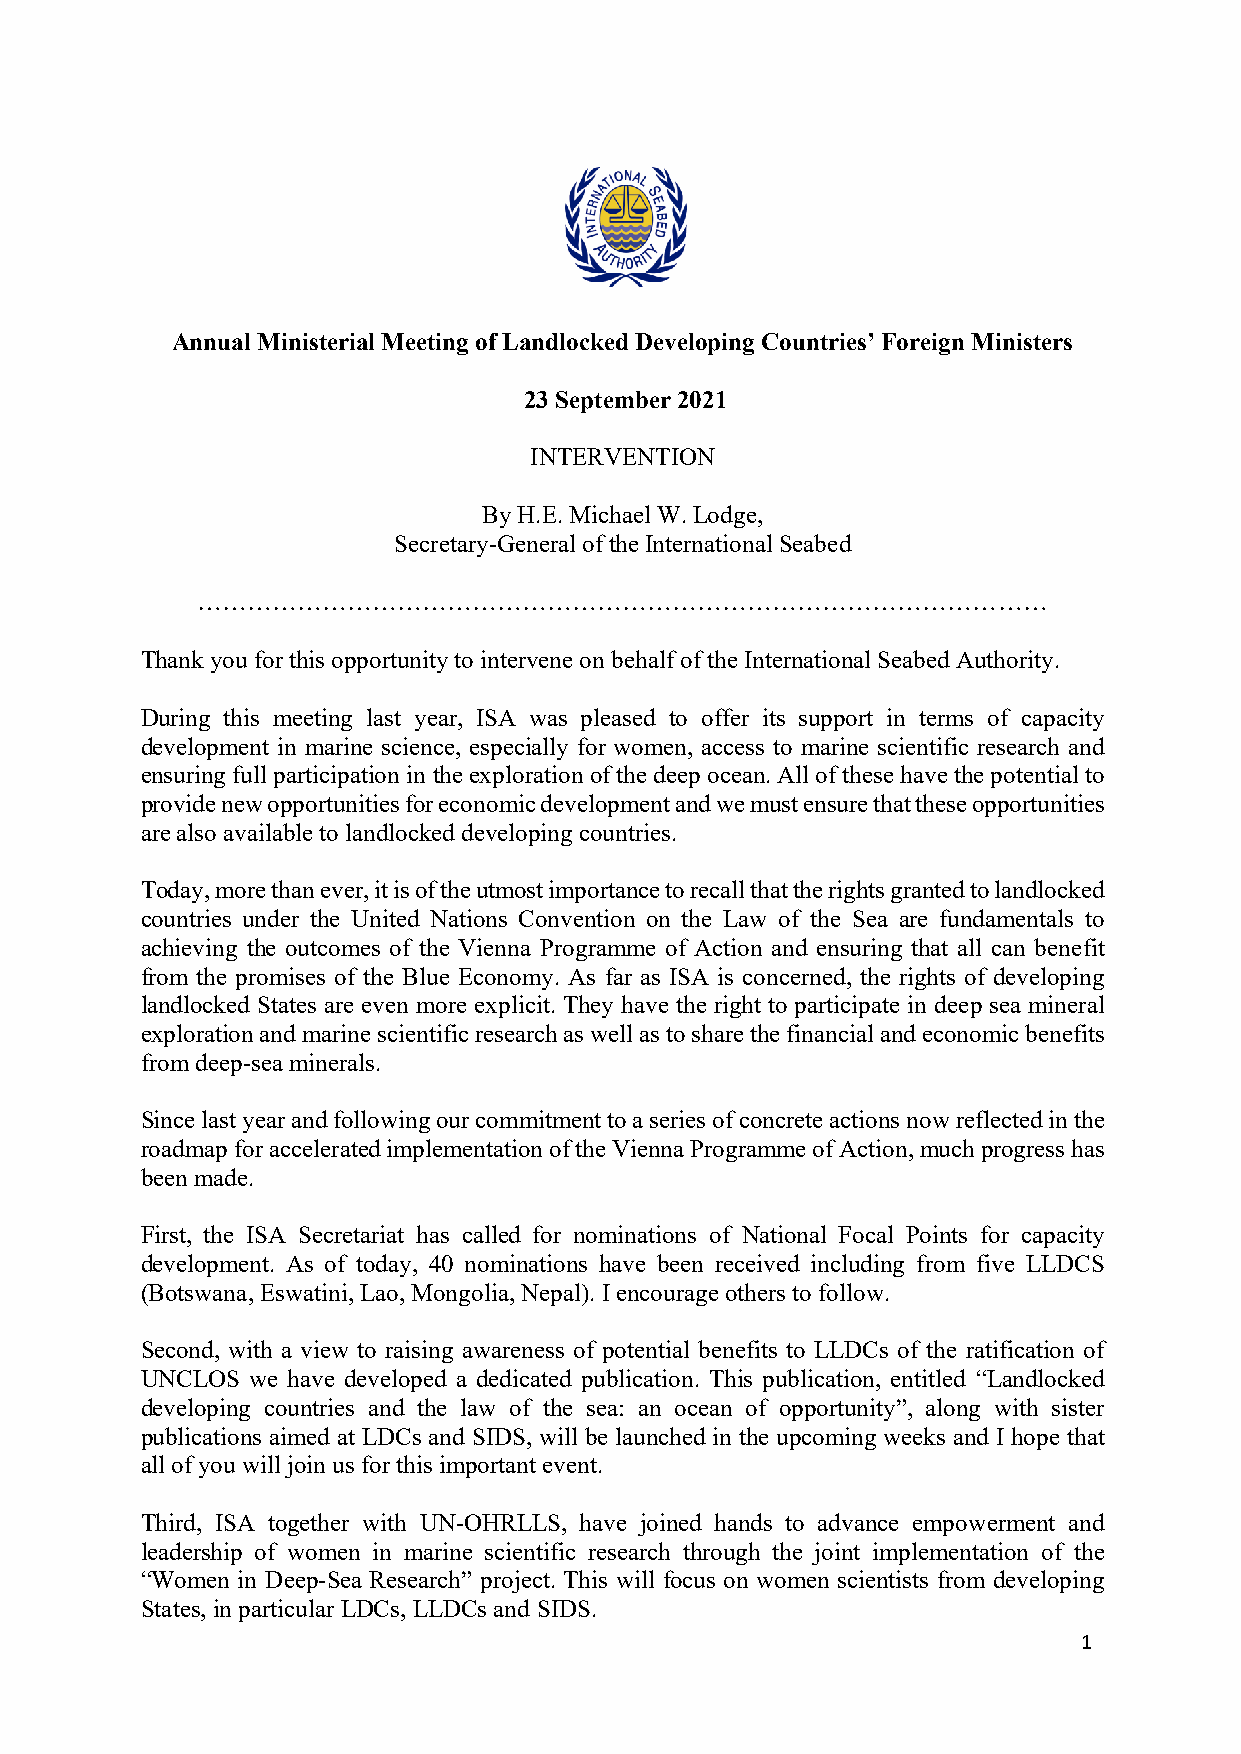
Annual Ministerial Meeting of Landlocked Developing Countries’ Foreign Ministers
 23 September 2021
 INTERVENTION
 By H.E. Michael W. Lodge,
 Secretary-General of the International Seabed
 …………………………………………………………………………………………
 Thank you for this opportunity to intervene on behalf of the International Seabed Authority.
 During this meeting last year, ISA was pleased to offer its support in terms of capacity
 development in marine science, especially for women, access to marine scientific research and
 ensuring full participation in the exploration of the deep ocean. All of these have the potential to
 provide new opportunities for economic development and we must ensure that these opportunities
 are also available to landlocked developing countries.
 Today, more than ever, it is of the utmost importance to recall that the rights granted to landlocked
 countries under the United Nations Convention on the Law of the Sea are fundamentals to
 achieving the outcomes of the Vienna Programme of Action and ensuring that all can benefit
 from the promises of the Blue Economy. As far as ISA is concerned, the rights of developing
 landlocked States are even more explicit. They have the right to participate in deep sea mineral
 exploration and marine scientific research as well as to share the financial and economic benefits
 from deep-sea minerals.
 Since last year and following our commitment to a series of concrete actions now reflected in the
 roadmap for accelerated implementation of the Vienna Programme of Action, much progress has
 been made.
 First, the ISA Secretariat has called for nominations of National Focal Points for capacity
 development. As of today, 40 nominations have been received including from five LLDCS
 (Botswana, Eswatini, Lao, Mongolia, Nepal). I encourage others to follow.
 Second, with a view to raising awareness of potential benefits to LLDCs of the ratification of
 UNCLOS  we have developed a dedicated publication. This publication, entitled “Landlocked
 developing countries and the law of the sea: an ocean of opportunity”, along with sister
 publications aimed at LDCs and SIDS, will be launched in the upcoming weeks and I hope that
 all of you will join us for this important event.
 Third, ISA together with UN-OHRLLS, have joined hands to advance empowerment and
 leadership of women in marine scientific research through the joint implementation of the
 “Women in Deep-Sea Research” project. This will focus on women scientists from developing
 States, in particular LDCs, LLDCs and SIDS.
 1